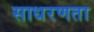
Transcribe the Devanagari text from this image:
साधरणता